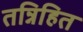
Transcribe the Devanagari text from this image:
तन्निहित